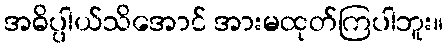
အဓိပ္ပါယ်သိအောင် အားမထုတ်ကြပါဘူး။